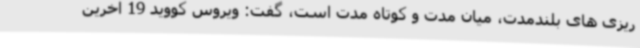
ریزی های بلندمدت، میان مدت و کوتاه مدت است، گفت: ویروس کووید 19 آخرین